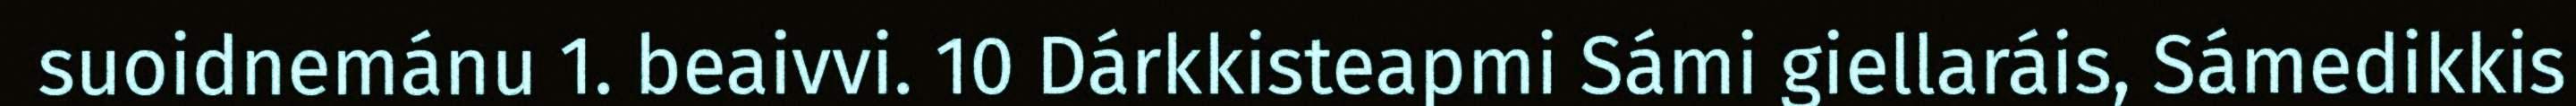
suoidnemánu 1. beaivvi. 10 Dárkkisteapmi Sámi giellaráis, Sámedikkis